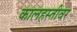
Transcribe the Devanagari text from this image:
कालहस्तीवर